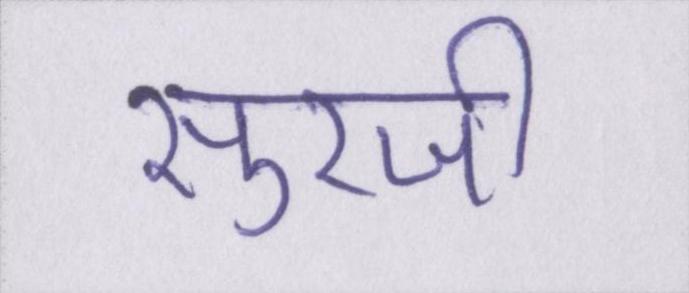
सुरजी